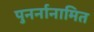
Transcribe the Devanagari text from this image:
पुनर्नानामित